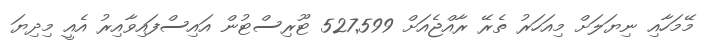
މޭމަހާއި ނިޔަލަށް މިއަހަރު ތެރޭ ރާއްޖެއަށް 527